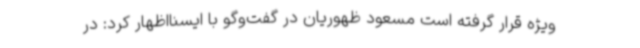
ویژه قرار گرفته است مسعود ظهوریان در گفت‌وگو با ایسنااظهار کرد: در